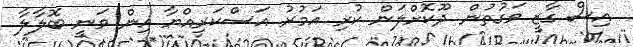
އިސް ގާޒީ ވަގުތުން ދޫކޮށްލަން ކުރި އަމުރު އަސްކަރިއްޔާ އިން ވަނީ ބޮލާލާ